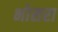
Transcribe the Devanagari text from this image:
भोसरा